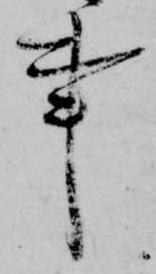
事